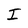
Character: I